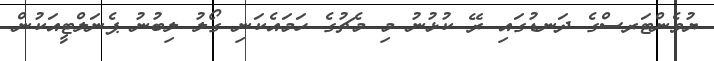
ޔުވެންޓަރސްގެ ދަނޑުގައި ރޭ ކުޅުނު މި މެޗުގެ ހަމައެކަނި ގޯލު ލިބުނު ޕެނަލްޓީއަކުން